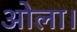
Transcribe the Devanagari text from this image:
ओला।